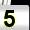
Digit: 5